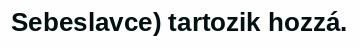
Sebeslavce) tartozik hozzá.